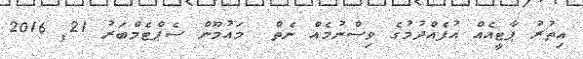
އިތުރު ޕާޓީއެއް އުފެއްދުމުގެ ވިސްނުމެއް ނެތް  މައުމޫން ސެޕްޓެމްބަރު 21